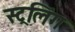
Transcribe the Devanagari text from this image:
स्ट्रलिंग